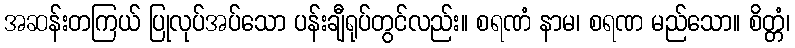
အဆန်းတကြယ် ပြုလုပ်အပ်သော ပန်းချီရုပ်တွင်လည်း။ စရဏံ နာမ၊ စရဏ မည်သော။ စိတ္တံ၊